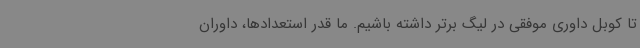
تا کوبل داوری موفقی در لیگ برتر داشته باشیم. ما قدر استعدادها، داوران